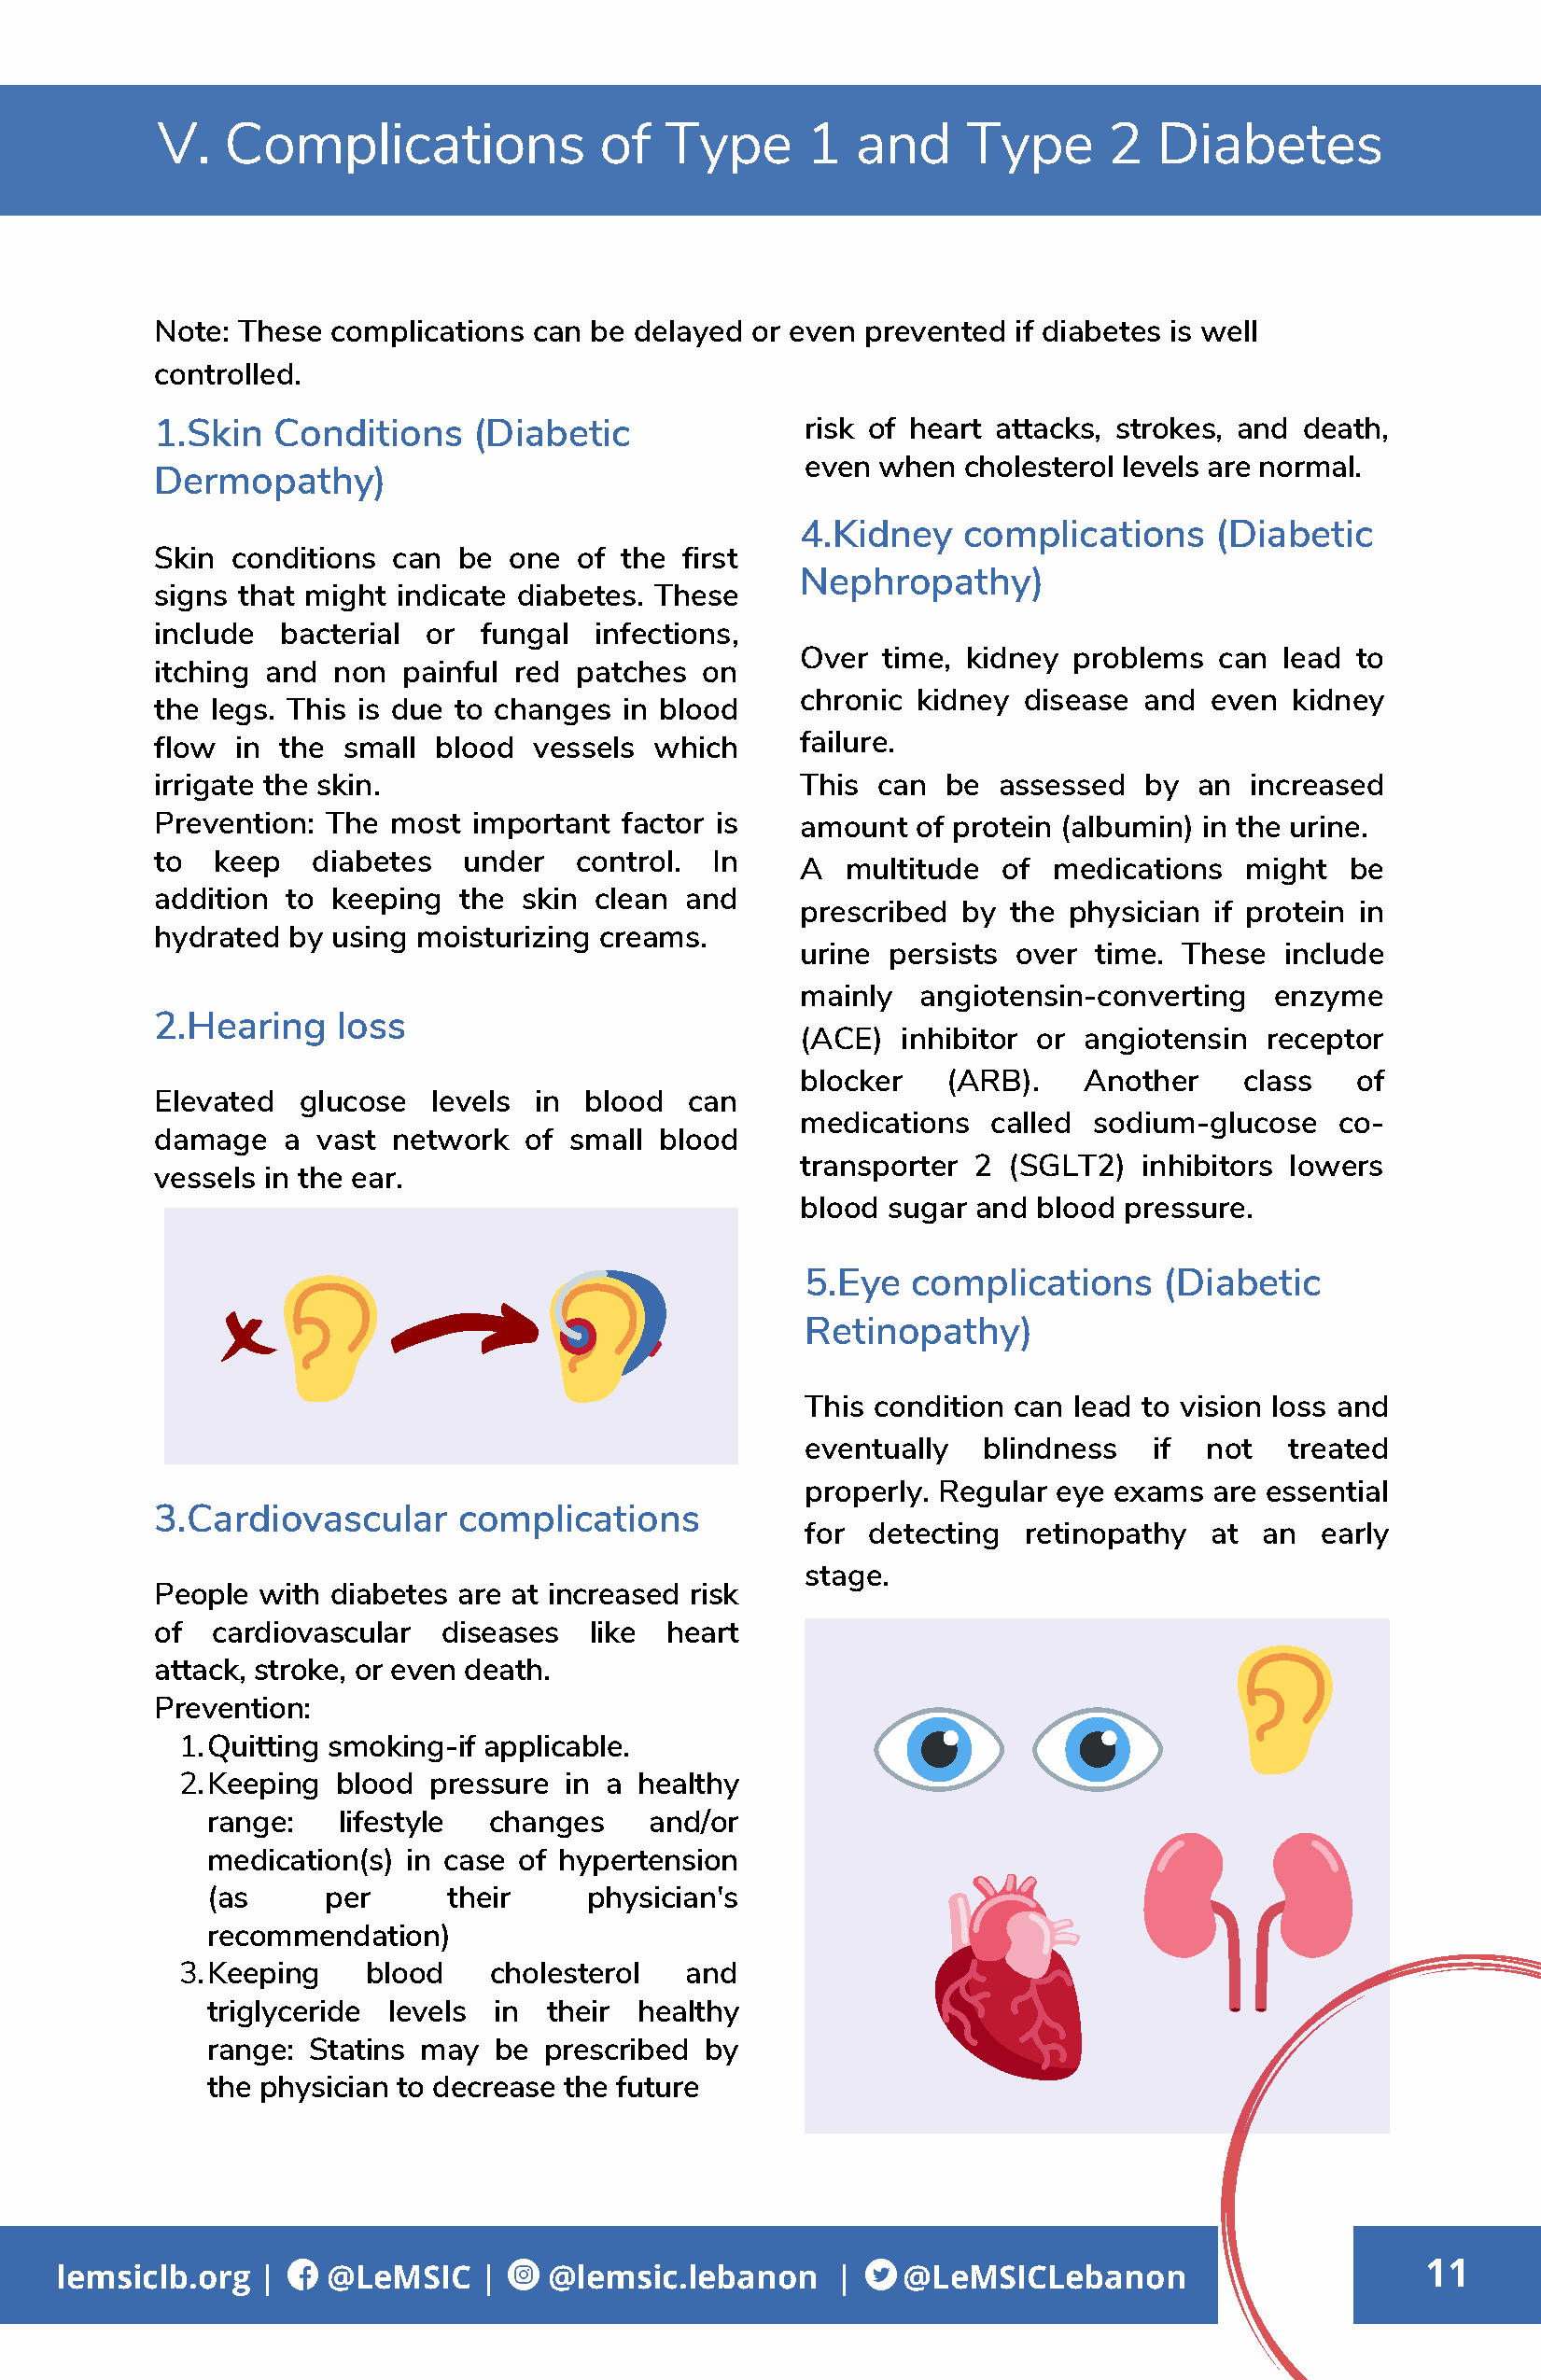
V.   Complications              of  Type      1   and    Type       2  Diabetes
 Note: These complications  can be delayed or even prevented  if diabetes is well
 controlled.
 1.Skin  Conditions     (Diabetic              risk of heart attacks, strokes, and death,
 even when  cholesterol levels are normal.
 Dermopathy)
 4.Kidney   complications     (Diabetic
 Skin conditions  can be  one  of the first
 Nephropathy)
 signs that might indicate diabetes. These
 include  bacterial or  fungal  infections,
 Over  time, kidney problems  can  lead to
 itching and  non  painful red patches  on
 chronic kidney  disease and  even  kidney
 the legs. This is due to changes in blood
 flow  in the small  blood  vessels which      failure.
 irrigate the skin.                            This can  be  assessed  by  an  increased
 Prevention: The  most important  factor is    amount  of protein (albumin) in the urine.
 to  keep   diabetes   under   control. In
 A  multitude  of  medications  might   be
 addition to keeping   the skin clean  and
 prescribed by  the physician if protein in
 hydrated by  using moisturizing creams.
 urine persists over  time. These  include
 mainly  angiotensin-converting   enzyme
 2.Hearing    loss
 (ACE)  inhibitor or angiotensin  receptor
 blocker   (ARB).    Another    class   of
 Elevated  glucose   levels in blood   can
 medications  called sodium-glucose    co-
 damage   a vast  network  of small  blood
 transporter 2 (SGLT2)   inhibitors lowers
 vessels in the ear.
 blood sugar and blood  pressure.
 5.Eye   complications    (Diabetic
 Retinopathy)
 This condition can lead to vision loss and
 eventually   blindness   if  not  treated
 properly. Regular eye exams  are essential
 3.Cardiovascular     complications
 for  detecting  retinopathy  at an   early
 stage.
 People with diabetes are at increased risk
 of  cardiovascular  diseases   like heart
 attack, stroke, or even death.
 Prevention:
 1.Quitting smoking-if applicable.
 2.Keeping  blood pressure  in a healthy
 range:   lifestyle  changes    and/or
 medication(s) in case of hypertension
 (as     per      their     physician's
 recommendation)
 3.Keeping    blood    cholesterol   and
 triglyceride levels in  their healthy
 range: Statins may  be  prescribed by
 the physician to decrease the future
 11
 lemsiclb.org  |    @LeMSIC    |    @lemsic.lebanon     |    @LeMSICLebanon